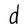
Character: d